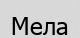
Мела